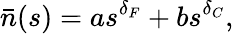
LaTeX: \bar{n}(s)=as^{\delta_{F}}+bs^{\delta_{C}},